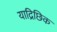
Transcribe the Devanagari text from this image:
याद्रिछिक